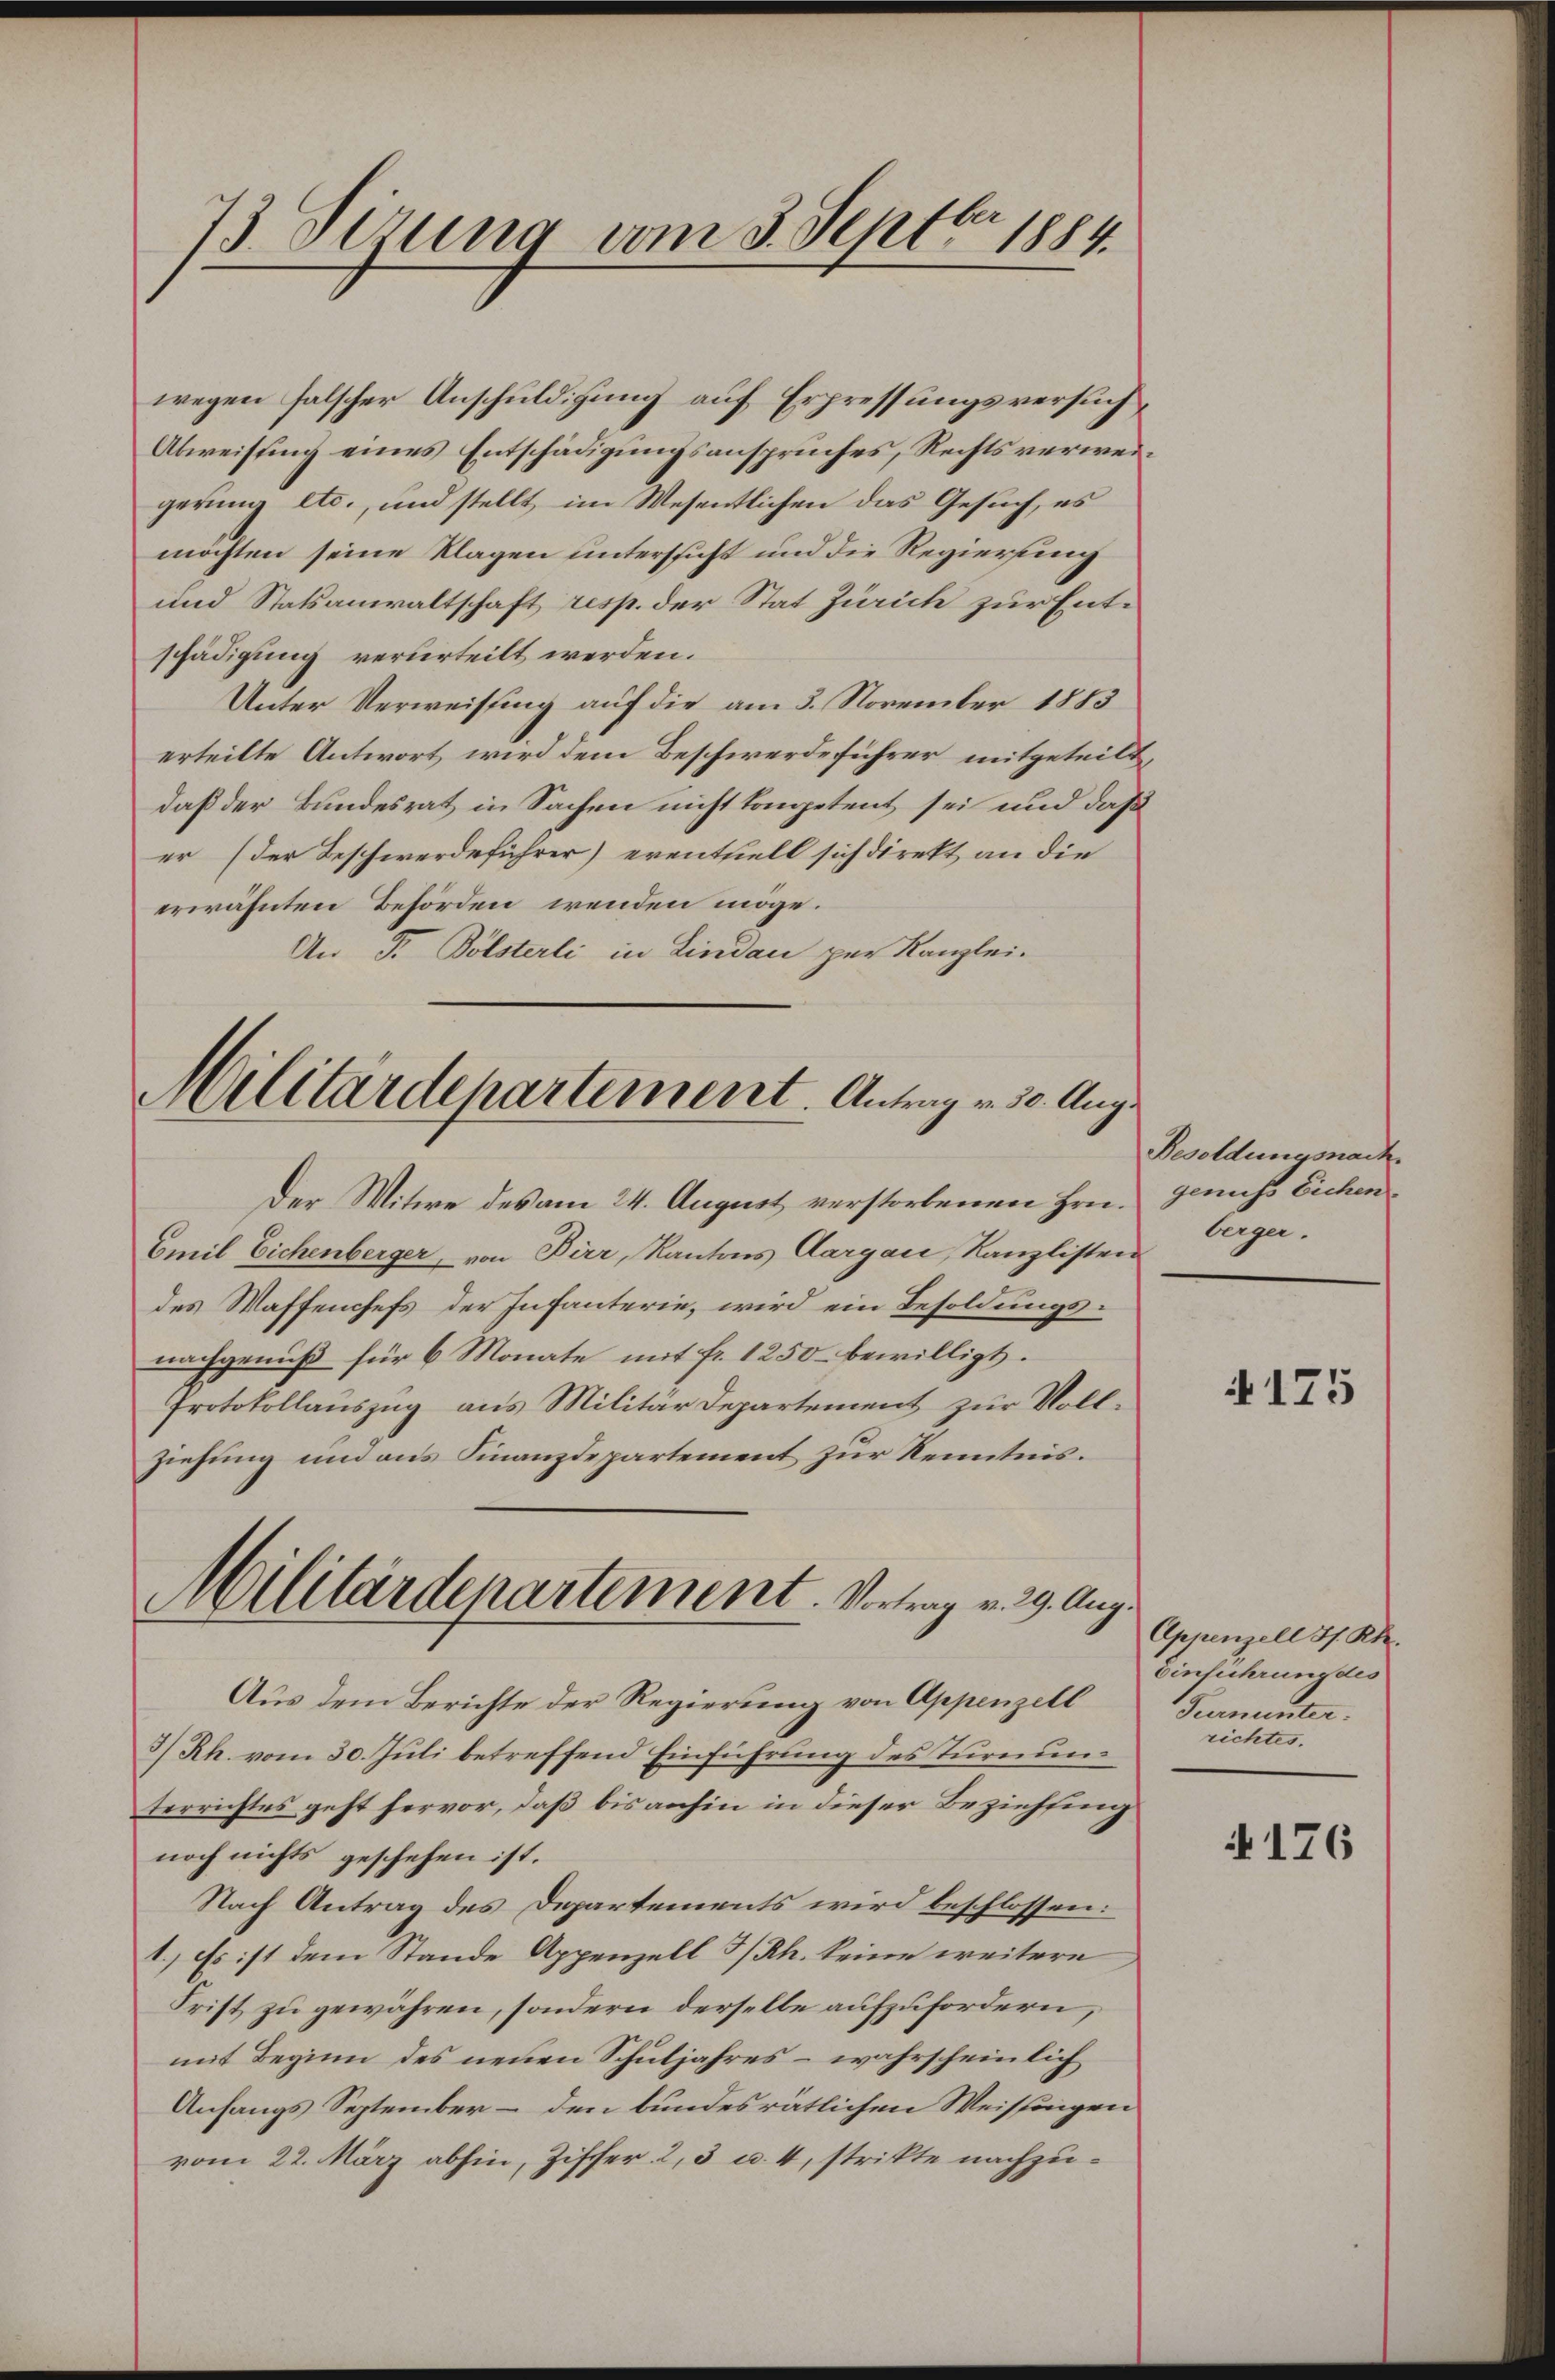
wegen falscher Anschuldigung auf Erpressungsversuch
Abweisung eines Entschädigungsanspruches, Rechtsverweigerung etc., und stellt, im Wesentlichen das Gesuch, es
möchten seine Klagen untersucht und die Regierung
und Statsanwaltschaft resp. der Stat Zürich zur Entschädigung verurteilt werden.
Unter Verweisung auf die am 3. November 1883
erteilte Antwort wird dem Beschwerde führer mitgeteilt,
daß der Bundesrat in Sachen nicht kompetent sei und daß
er (der Beschwerdeführer) eventuell sich direkt an die
erwähnten Behörden wenden möge.
An F. Bölsterli in Lindau per Kanzlei-

73 Sezung vom 3. Septbr. 1884.

Militärdepartement. Antrag v. 30. Aug.

Militärdepartement. Vortrag v. 29. Aug.
Aus dem Berichte der Regierung von Appenzell

Der Witwe des am 24. August verstorbenen Hrn. Genuss Eichen
Emil Eichenberger, von Birr, Kantons Aargau, Kanzlistein
des Waffenchefs der Infanterie, wird ein Besoldungsnachgenuß für 6 Monate mit fr. 1250 bewilligt.
Protokollauszug aus Militär Departement zur Vollziehung und aus Finanzdepartement zur Kenntnis.
3/Rh. vom 30. Juli betreffend Einführung des Turnunterrichtes geht hervor, daß bis anhin in dieser Beziehung
noch nichts geschehen ist.
Nach Antrag des Departements wird beschlossen:
1.) Es ist dem Stande Appenzell I/Rh. keine weitere
Frist zu gewähren, sondern derselbe aufzufordern,
mit Beginn des neuen Schuljahres – wahrscheinlich
Anfangs September – den bundesrätlichen Weissungen
vom 22. März abhin, Ziffer 2, 3 u. 4, strikte nachzu¬

Besoldungsnach
berger.

4175

Appenzell I/Rh.
Einführung des
Turmunter.
richtes.

176